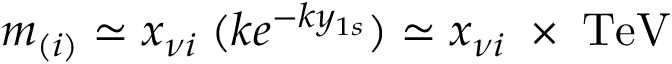
m _ { ( i ) } \simeq x _ { \nu i } \; ( k e ^ { - k y _ { 1 s } } ) \simeq x _ { \nu i } \; \times \; \mathrm { T e V }